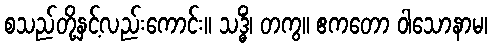
စသည်တို့နှင့်လည်းကောင်း။ သဒ္ဓိံ၊ တကွ။ ဧကတော ဝါသောနာမ၊